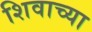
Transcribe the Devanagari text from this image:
शिवाच्या